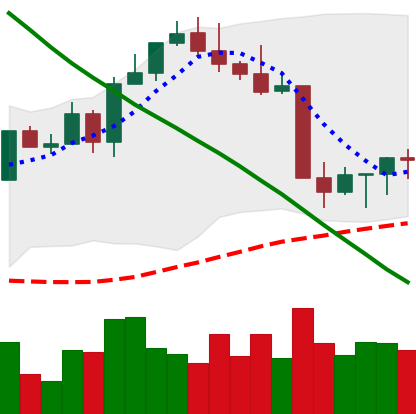
Ticker: ETH-USD
Chart end date: 2022-08-24
Forward return: -6.278%
Label: down_5_7